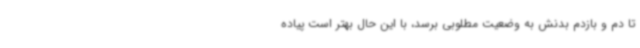
تا دم و بازدم بدنش به وضعیت مطلوبی برسد، با این حال بهتر است پیاده